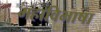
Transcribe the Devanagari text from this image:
महाविभाषा